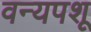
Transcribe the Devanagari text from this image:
वन्यपशू